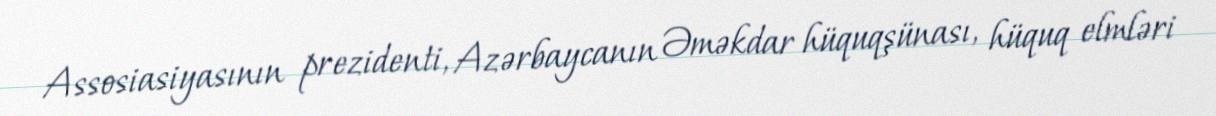
Assosiasiyasının prezidenti, Azərbaycanın Əməkdar hüquqşünası, hüquq elmləri